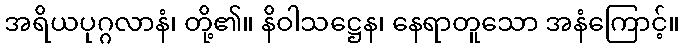
အရိယပုဂ္ဂလာနံ၊ တို့၏။ နိဝါသဋ္ဌေန၊ နေရာတူသော အနံကြောင့်။